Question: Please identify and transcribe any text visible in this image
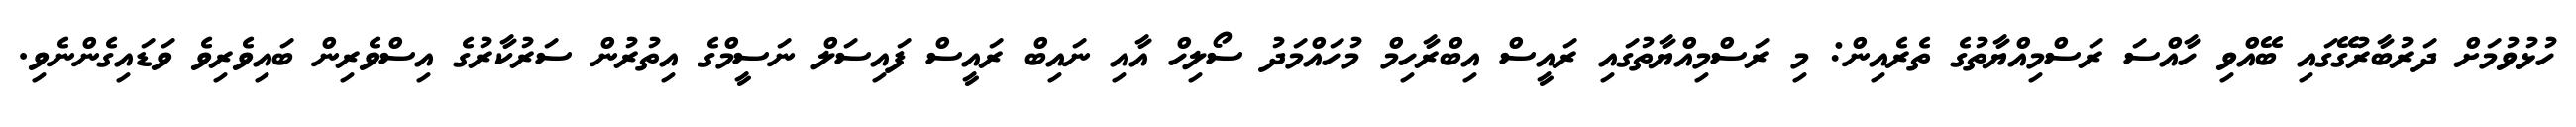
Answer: ހުޅުވުމަށް ދަރުބާރުގޭގައި ބޭއްވި ހާއްސަ ރަސްމިއްޔާތުގެ ތެރެއިން: މި ރަސްމިއްޔާތުގައި ރައީސް އިބްރާހިމް މުހައްމަދު ސޯލިހް އާއި ނައިބް ރައީސް ފައިސަލް ނަސީމްގެ އިތުރުން ސަރުކާރުގެ އިސްވެރިން ބައިވެރިވެ ވަޑައިގެންނެވި.